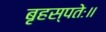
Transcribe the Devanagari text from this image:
बृहस्पतेः॥